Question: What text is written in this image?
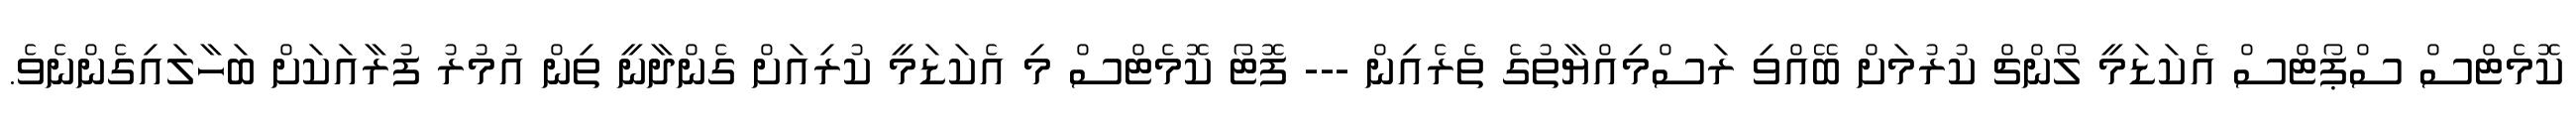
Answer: ކޮމެޓްސް ސްޕޯޓްސް އެކަޑަމީ ލޯންޗް ކުރުމަށް ބޭއްވި ރަސްމިއްޔާތުގެ ތެރެއިން --- ފޮޓޯ ކޮމެޓްސް މި އެކަޑަމީ ކުރިއަށް ގެންދާނީ ތިން އުމުރު ފުރާއަކަށް ބަހާލައިގެންނެވެ.